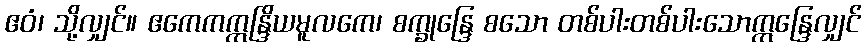
ဧဝံ၊ သို့လျှင်။ ဧကေကဣန္ဒြိယမူလကေ၊ စက္ခုန္ဒြေ စသော တစ်ပါးတစ်ပါးသောဣန္ဒြေလျှင်